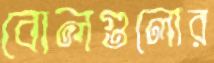
বোলগুলোর